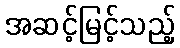
အဆင့်မြင့်သည့်